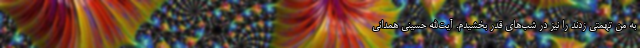
به من تهمتی زدند را نیز در شب‌های قدر بخشیدم. آیت‌الله حسینی همدانی